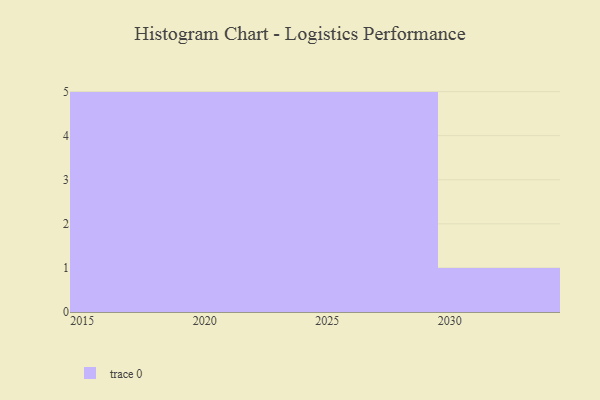
{"axis": {"x": "Year", "y": "Net Income (USD K)"}, "legend": [""], "data": [{"x": "2020", "y": 80, "type": ""}, {"x": "2016", "y": 52, "type": ""}, {"x": "2030", "y": 56, "type": ""}, {"x": "2021", "y": 49, "type": ""}, {"x": "2028", "y": 17, "type": ""}, {"x": "2022", "y": 77, "type": ""}, {"x": "2019", "y": 72, "type": ""}, {"x": "2025", "y": 64, "type": ""}, {"x": "2026", "y": 75, "type": ""}, {"x": "2024", "y": 83, "type": ""}, {"x": "2015", "y": 63, "type": ""}, {"x": "2018", "y": 65, "type": ""}, {"x": "2023", "y": 1, "type": ""}, {"x": "2017", "y": 4, "type": ""}, {"x": "2029", "y": 85, "type": ""}, {"x": "2027", "y": 4, "type": ""}]}